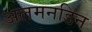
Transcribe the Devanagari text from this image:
अलमनडिन